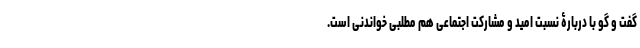
گفت و گو با دربارۀ نسبت امید و مشارکت اجتماعی هم مطلبی خواندنی است.